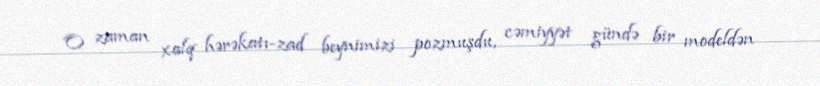
O zaman xalq hərəkatı-zad beynimizi pozmuşdu, cəmiyyət gündə bir modeldən